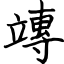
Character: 竱